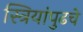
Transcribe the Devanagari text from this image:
स्त्रियांपुढचे